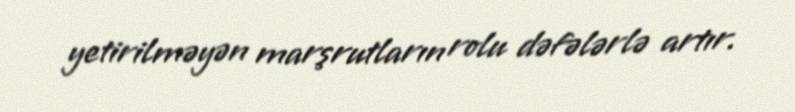
yetirilməyən marşrutların rolu dəfələrlə artır.